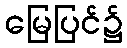
မြေပြင်၌